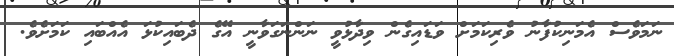
ނަމަވެސް އެމަނިކުފާނު ވެރިކަމަށް ވަޑައިގެން ވިދާޅުވީ ނަންނަގަވާނީ އޭގެ ދެބައިކުޅަ އެއްބައި ކަމަށެވެ.